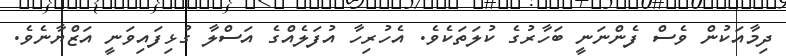
ދިމާއަކުން ވެސް ފެންނަނީ ބަހާރުގެ ކުލަތަކެވެ. އެހުރިހާ އުފަލެއްގެ އަސްލާ ގުޅިފައިވަނީ އަޒްޔާނެވެ.